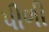
પીળી